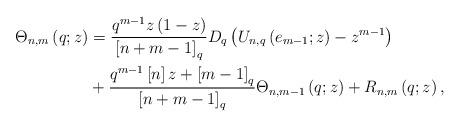
LaTeX: \begin{align*}\Theta_{n,m}\left( q;z\right) & =\frac{q^{m-1}z\left( 1-z\right)}{\left[ n+m-1\right] _{q}}D_{q}\left( U_{n,q}\left( e_{m-1};z\right)-z^{m-1}\right) \\& +\frac{q^{m-1}\left[ n\right] z+\left[ m-1\right] _{q}}{\left[n+m-1\right] _{q}}\Theta_{n,m-1}\left( q;z\right) +R_{n,m}\left(q;z\right) ,\end{align*}